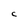
Character: C